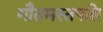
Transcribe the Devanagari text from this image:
गौतमस्तपसि